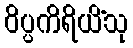
ဝိပ္ပကိရိယိံသု